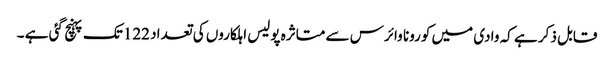
قابل ذکر ہے کہ وادی میں کورونا وائرس سے متاثرہ پولیس اہلکاروں کی تعداد 122تک پہنچ گئی ہے ۔